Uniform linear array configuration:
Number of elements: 4
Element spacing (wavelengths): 1
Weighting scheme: blackman
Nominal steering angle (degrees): -60
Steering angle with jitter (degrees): -58.904
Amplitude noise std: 0.05
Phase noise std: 0.05

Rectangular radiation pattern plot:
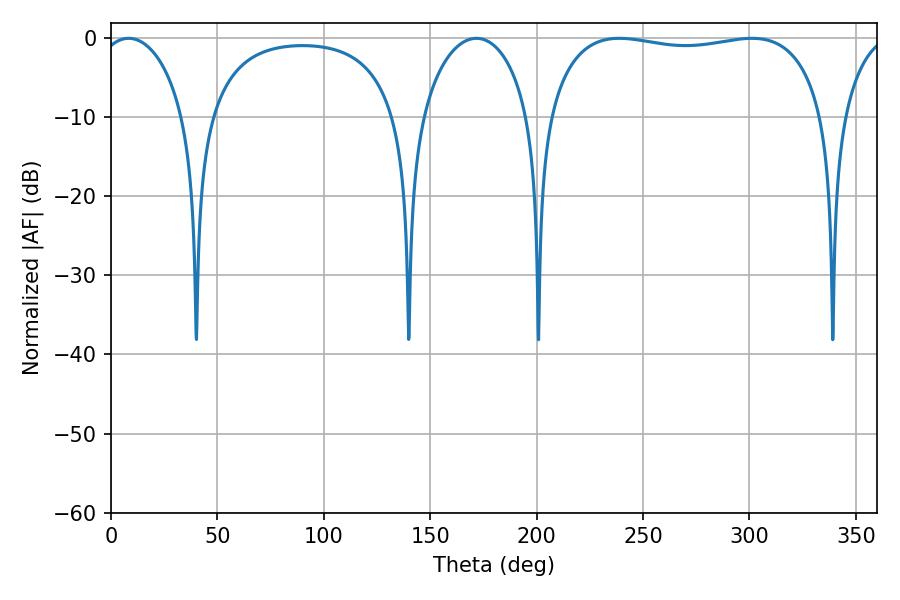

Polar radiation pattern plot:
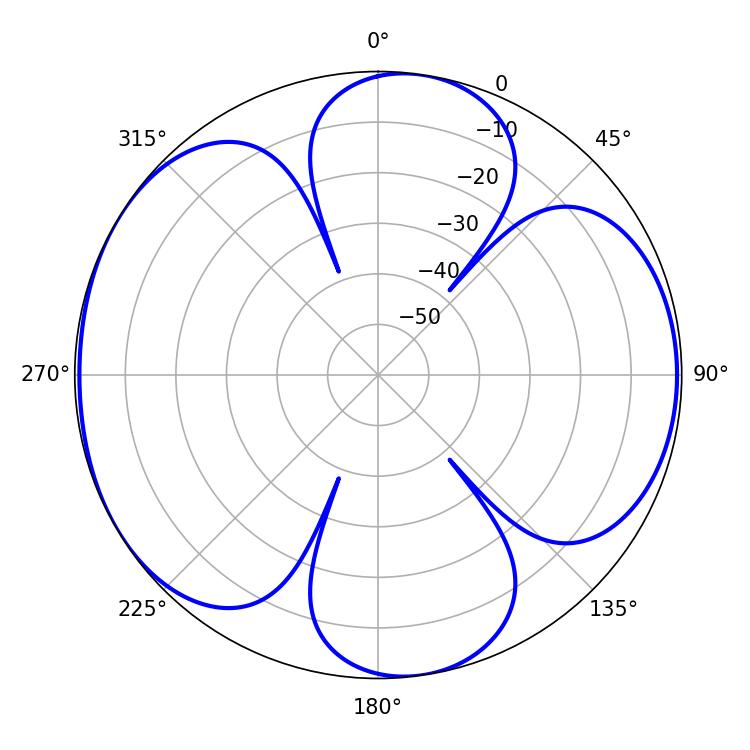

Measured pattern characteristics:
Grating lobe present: TRUE
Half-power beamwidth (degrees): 105.12
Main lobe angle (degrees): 301.14